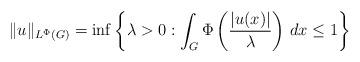
LaTeX: \begin{align*}\|u\|_{L^\Phi(G)} = \inf \left\{\lambda >0: \int_G \Phi\left ( \frac{|u(x)|}{\lambda}\right)\, dx\le 1 \right\}\end{align*}